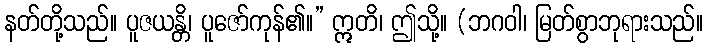
နတ်တို့သည်။ ပူဇယန္တိ၊ ပူဇော်ကုန်၏။” ဣတိ၊ ဤသို့။ (ဘဂဝါ၊ မြတ်စွာဘုရားသည်။